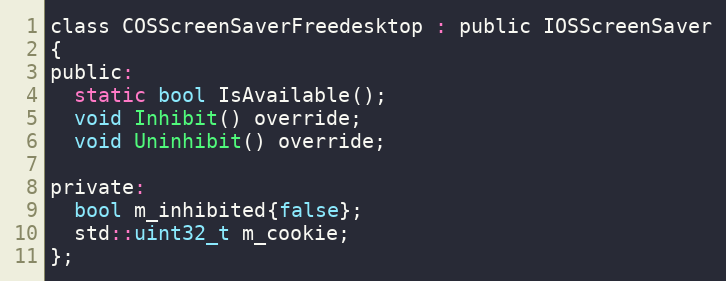
Language: C
class COSScreenSaverFreedesktop : public IOSScreenSaver
{
public:
  static bool IsAvailable();
  void Inhibit() override;
  void Uninhibit() override;

private:
  bool m_inhibited{false};
  std::uint32_t m_cookie;
};